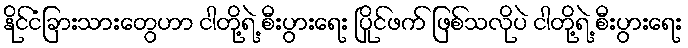
နိုင်ငံခြားသားတွေဟာ ငါတို့ရဲ့ စီးပွားရေး ပြိုင်ဖက် ဖြစ်သလိုပဲ ငါတို့ရဲ့ စီးပွားရေး